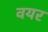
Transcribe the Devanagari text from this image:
वयर